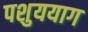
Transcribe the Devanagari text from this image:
पशुययाग